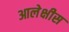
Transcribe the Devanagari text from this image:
आलेक्षीस